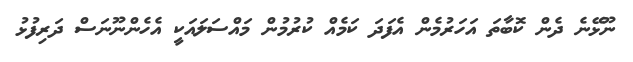
ނޫޅޭނެ ދެން ކޮބާތަ އަހަރުމެން އެފަދަ ކަމެއް ކުރުމުން މައްސަލައަކީ އެހެންނޫނަސް ދަރިފުޅު